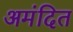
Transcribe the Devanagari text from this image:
अमंदित